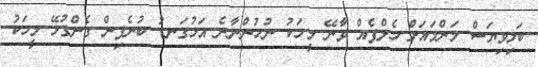
ބަލިވިޔަސް މަންމައަށް ހެލްޕެއް ވާނޭ މީހަކު ނުހުންނާނެ އަޅުގަނޑު ބުނެފިން ގެންގުޅޭ މީހަކު